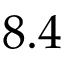
8 . 4